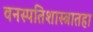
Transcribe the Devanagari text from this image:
वनस्पतिशास्त्रातहा